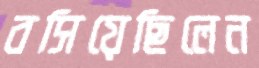
বসিয়েছিলেন